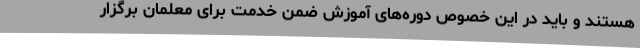
هستند و باید در این خصوص دوره‌های آموزش ضمن خدمت برای معلمان برگزار